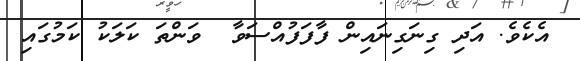
އެކެވެ. އަދި ގިނަގިނައިން ފާފަފުއްސަވާ  ވަންތަ ކަލަކު ކަމުގައި